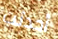
أحدثت